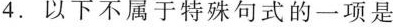
4.以下不属于特殊句式的一项是